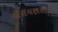
નારાયણસામી